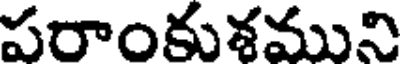
పరాంకుశముని